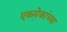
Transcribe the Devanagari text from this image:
एकमे़कांच्या